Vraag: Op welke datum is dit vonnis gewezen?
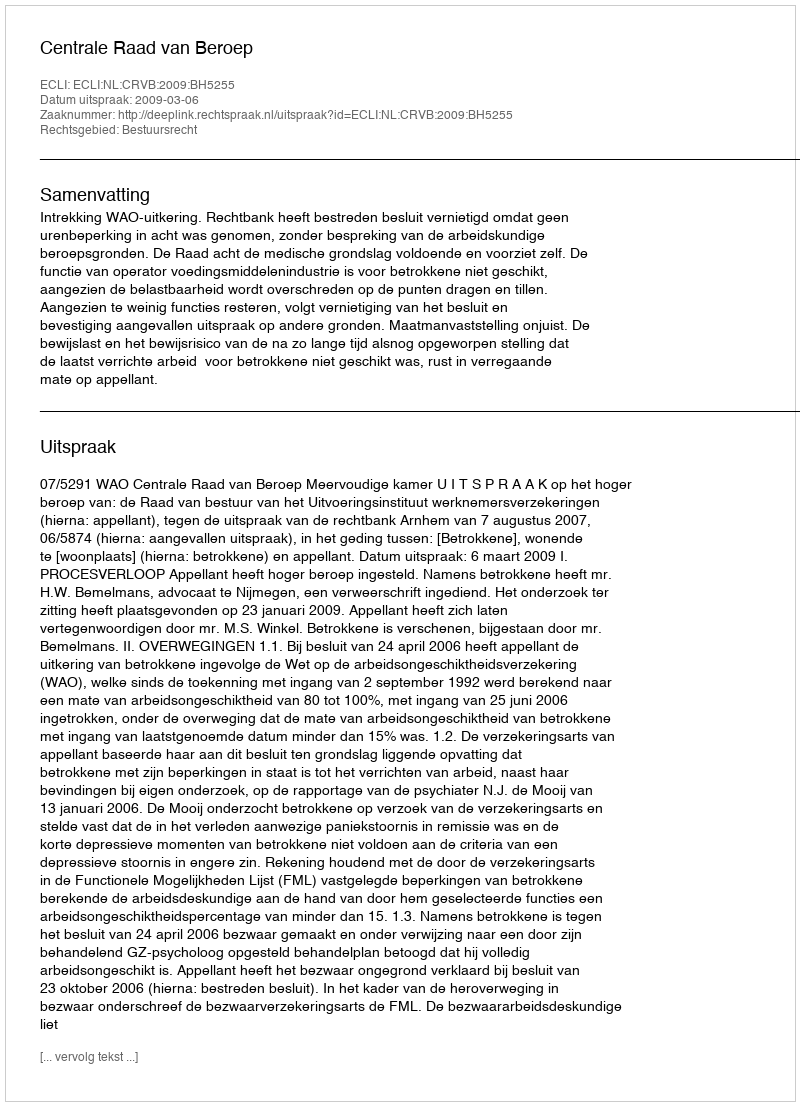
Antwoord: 2009-03-06